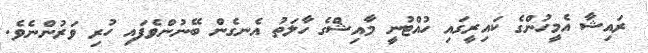
ރައިޝާ އެމީހުންގެ ކައިރީގައި ހުއްޓުނީ މާއިޝްގެ ހާލަތު އެނގެން ބޭނުންވެފައި ހުރި ވަރުންނެވެ.